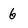
Character: 6